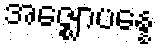
အဇ္ဈောပန္နေ